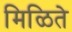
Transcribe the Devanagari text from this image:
मिळिते